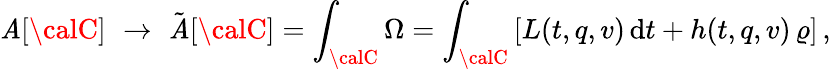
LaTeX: {\cal\mathit{A}}[{\calC}]\, \, \rightarrow\, \, \tilde{{\cal\mathit{A}}}[{\calC}]=\int_{\calC}\Omega=\int_{\calC}\left[L(t,q,v)\, \mathrm{{d}}t+h(t,q,v)\, \varrho\right]\, ,